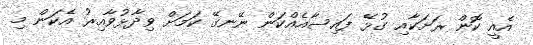
އެއީ ކޮން ރަށަކާއި ގުޅޭ ފައިސާއެއްކަން ނޭނގޭ ކަމަށް ވިދާޅުވާއިރު އެކަން މި